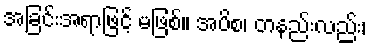
အခြင်းအရာဖြင့် မဖြစ်။ အပိစ၊ တနည်းလည်း၊